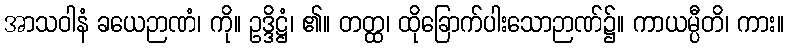
အာသဝါနံ ခယေဉာဏံ၊ ကို။ ဥဒ္ဒိဋ္ဌံ၊ ၏။ တတ္ထ၊ ထိုခြောက်ပါးသောဉာဏ်၌။ ကာယမ္ပီတိ၊ ကား။